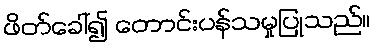
ဖိတ်ခေါ်၍ တောင်းပန်သမှုပြုသည်။